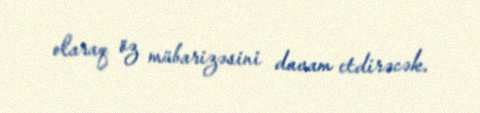
olaraq öz mübarizəsini davam etdirəcək.